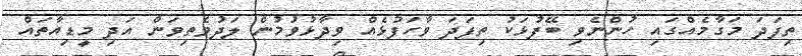
ތިފަދަ މަގާމެއްގައި ހުންނެވި ބޭފުޅަކު ތިފަދަ ވާހަފުޅެއް ވިދާޅުވުމުން ލަދުވެތިވަން އަދި މީޑިއާތައް